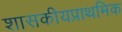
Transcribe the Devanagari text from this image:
शासकीयप्राथमिक